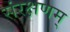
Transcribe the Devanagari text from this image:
संरक्षणम्‌